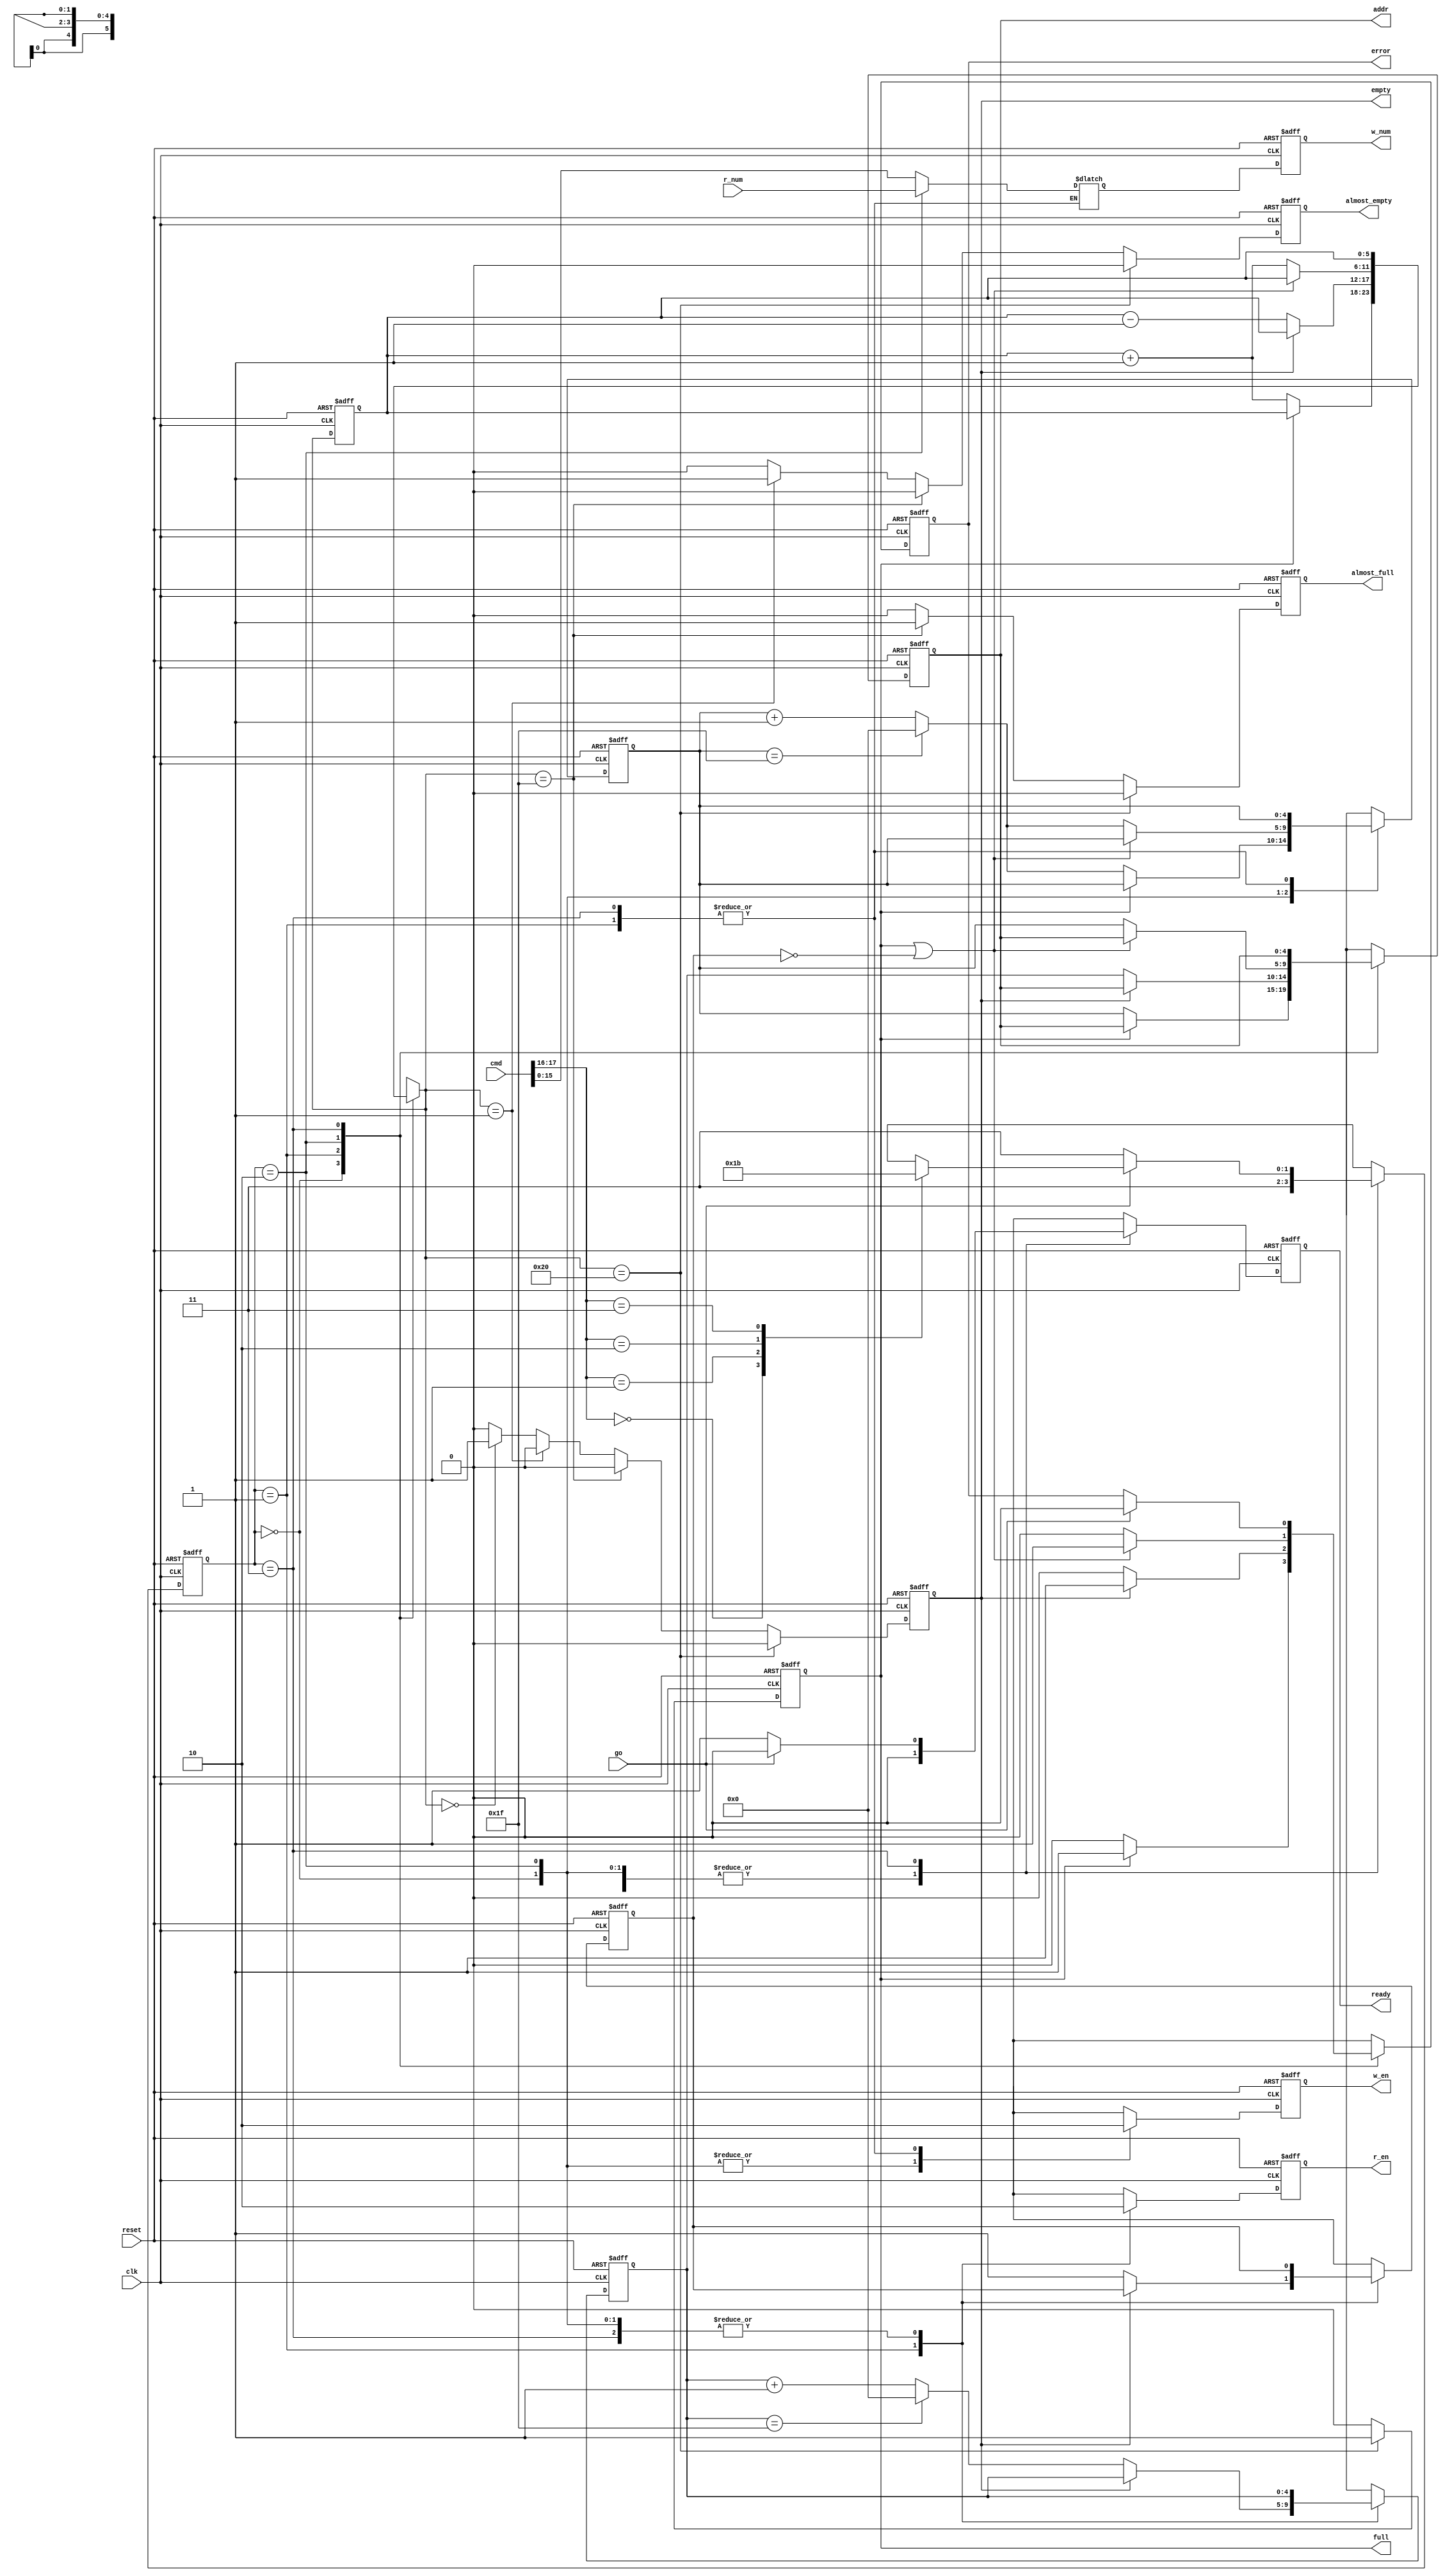
`define PUSH 2'b00
`define POP 2'b01
`define PUSHPREV 2'b10
`define IDLE 2'b11

module queue(clk,reset,go,cmd,r_num,ready,w_en,r_en,full,almost_full,empty,almost_empty,error,w_num,addr);
	input clk,reset,go;
	input [17:0]cmd;
	input [15:0]r_num;

	output ready;
	output w_en,r_en;
	output full,almost_full,empty,almost_empty,error;
	output [15:0]w_num;
	output [4:0]addr;

	reg [1:0]state, next_state;
	reg [5:0]count, next_count;
	reg [4:0]head, next_head;
	reg [4:0]tail, next_tail;
	reg ready, next_ready;
	reg w_en, next_w_en;
	reg r_en, next_r_en;
	reg full, next_full, almost_full, next_almost_full;
	reg empty, next_empty, almost_empty, next_almost_empty;
	reg error, next_error;
	reg [15:0]w_num, next_w_num;
	reg popped, next_popped;
	reg [4:0]addr, next_addr;
	wire [15:0]prev_pop;

	assign prev_pop = r_num;

	always@(posedge reset or posedge clk)begin
		if(reset == 1'b1)begin
			state <= `IDLE;
			count <= 6'b0;
			head <= 5'b0;
			tail <= 5'b0;
			ready <= 1'b1;
			w_en <= 1'b0;
			r_en <= 1'b0;
			full <= 1'b0;
			almost_full <= 1'b0;
			empty <= 1'b1;
			almost_empty <= 1'b0;
			error <= 0;
			w_num <= 16'b0;
			popped <= 0;
			addr <= 5'b0;
		end
		else begin
			state <= next_state;
			count <= next_count;
			head <= next_head;
			tail <= next_tail;
			ready <= next_ready;
			w_en <= next_w_en;
			r_en <= next_r_en;
			full <= next_full;
			almost_full <= next_almost_full;
			empty <= next_empty;
			almost_empty <= next_almost_empty;
			error <= next_error;
			w_num <= next_w_num;
			popped <= next_popped;
			addr <= next_addr;
		end
	end

	always@(*)begin
		next_state = state;
		next_w_en = w_en;
		next_r_en = r_en;
		next_ready = ready;
		next_count = count;
		next_head = head;
		next_tail = tail;
		next_error = error;
		next_popped = popped;
		next_addr = addr;
		case(state)
			`PUSH:begin
				next_state = `IDLE;
				next_w_en = 1'b1;
				next_r_en = 1'b0;
				next_ready = 1'b0;
				next_w_num = cmd[15:0];
				if(full == 1'b1)begin
					next_error = 1'b1;
				end
				else begin
					next_count = count + 1;
					next_error = 1'b0;
					next_addr = tail;
					
					if(tail == 5'd31)begin
						next_tail = 5'd0;
					end
					else begin
						next_tail = tail + 1;
					end
				end
			end
			`POP:begin
				next_state = `IDLE;
				next_w_en = 1'b0;
				next_r_en = 1'b1;
				next_ready = 1'b0;
				if(empty == 1'b1)begin
					next_error = 1'b1;
				end
				else begin
					next_count = count - 1;
					next_error = 1'b0;
					next_popped = 1'b1;
					next_addr = head;

					if(head == 5'd31)begin
						next_head = 5'd0;
					end
					else begin
						next_head = head + 1;
					end
				end
			end
			`PUSHPREV:begin
				next_state = `IDLE;
				next_w_en = 1'b1;
				next_r_en = 1'b0;
				next_ready = 1'b0;
				next_w_num = prev_pop;
				if(full == 1'b1 || popped == 1'b0)begin
					next_error = 1'b1;
				end
				else begin
					next_count = count + 1;
					next_error = 1'b0;
					next_addr = tail;

					if(tail == 5'd31)begin
						next_tail = 5'd0;
					end
					else begin
						next_tail = tail + 1;
					end
				end
			end
			`IDLE:begin
				next_w_en = 1'b0;
				next_r_en = 1'b0;
				if (go == 1'b1)begin
					next_ready = 1'b0;
					case(cmd[17:16])
						`PUSH:begin
							next_state = `PUSH;
						end
						`POP:begin
							next_state = `POP;
						end
						`PUSHPREV:begin
							next_state = `PUSHPREV;
						end
						`IDLE:begin
							next_state = `IDLE;
						end
					endcase
					next_error = 1'b0;
				end
				else begin
					next_state = `IDLE;
					next_ready = 1'b1;
				end
			end
		endcase
		if(next_count == 6'd32)begin
			next_full = 1'b1;
			next_almost_full = 1'b0;
			next_empty = 1'b0;
			next_almost_empty = 1'b0;
		end
		else if(next_count == 6'd31)begin
			next_full = 1'b0;
			next_almost_full = 1'b1;
			next_empty = 1'b0;
			next_almost_empty = 1'b0;
		end
		else if(next_count == 6'b1)begin
			next_full = 1'b0;
			next_almost_full = 1'b0;
			next_empty = 1'b0;
			next_almost_empty = 1'b1;
		end
		else if(next_count == 6'b0)begin
			next_full = 1'b0;
			next_almost_full = 1'b0;
			next_empty = 1'b1;
			next_almost_empty = 1'b0;
		end
		else begin
			next_full = 1'b0;
			next_almost_full = 1'b0;
			next_empty = 1'b0;
			next_almost_empty = 1'b0;
		end
	end
endmodule